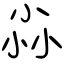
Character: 尛